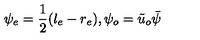
\psi _ { e } = { \frac { 1 } { 2 } } ( l _ { e } - r _ { e } ) , \psi _ { o } = { \tilde { u } } _ { o } \bar { \psi }